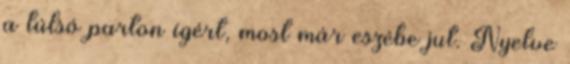
a túlsó parton ígért, most már eszébe jut. Nyelve